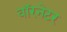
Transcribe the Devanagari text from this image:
वॉरनेटर